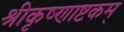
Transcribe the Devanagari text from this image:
श्रीकृष्णाष्टकम्